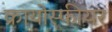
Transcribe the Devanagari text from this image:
क्रायोस्फीयर